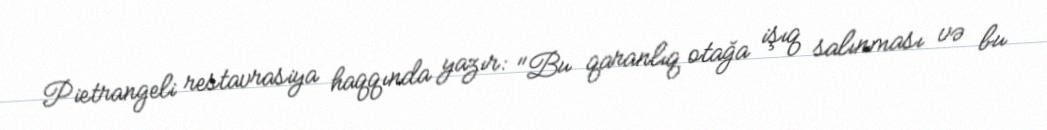
Pietrangeli restavrasiya haqqında yazır: "Bu qaranlıq otağa işıq salınması və bu